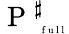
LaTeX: \mathrm{~P~}_{\mathrm{~\tiny~f~u~l~l~}}^{\sharp}